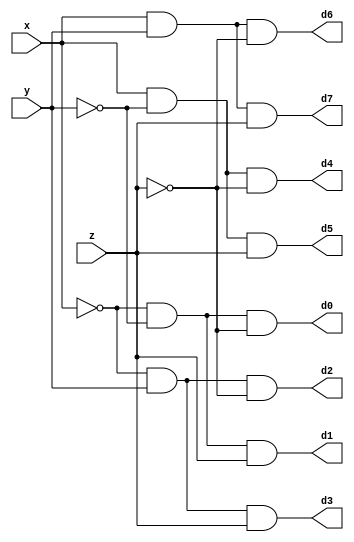
module DECODER(d0,d1,d2,d3,d4,d5,d6,d7,x,y,z);
	input x,y,z;
	output d0,d1,d2,d3,d4,d5,d6,d7;
	wire x0,y0,z0;
	not n1(x0,x);
	not n2(y0,y);
	not n3(z0,z);
	and a0(d0,x0,y0,z0);
	and a1(d1,x0,y0,z);
	and a2(d2,x0,y,z0);
	and a3(d3,x0,y,z);
	and a4(d4,x,y0,z0);
	and a5(d5,x,y0,z);
	and a6(d6,x,y,z0);
	and a7(d7,x,y,z);
endmodule

//Do not use the input as an array if it can't be interpreted as one. Don't think of testbench simplicity.
module FADDER(s,c,x,y,z);
	input x,y,z;
	wire d0,d1,d2,d3,d4,d5,d6,d7;
	output s,c;
	DECODER dec(d0,d1,d2,d3,d4,d5,d6,d7,x,y,z);
	assign s = d1 | d2 | d4 | d7, c = d3 | d5 | d6 | d7 ;
endmodule


module testbench;
	reg x,y,z;
	wire s,c;
	FADDER fl(s,c,x,y,z);
	initial
		begin
			$monitor(,$time,"x=%b,y=%b,z=%b,s=%b,c=%b",x,y,z,s,c);
			#0 x=1'b0;y=1'b0;z=1'b0;
			#4 x=1'b0;y=1'b0;z=1'b1;
			#4 x=1'b0;y=1'b1;z=1'b0;
			#4 x=1'b0;y=1'b1;z=1'b1;
			#4 x=1'b1;y=1'b0;z=1'b0;
			#4 x=1'b1;y=1'b0;z=1'b1;
			#4 x=1'b1;y=1'b1;z=1'b0;
			#4 x=1'b1;y=1'b1;z=1'b1;
		end
endmodule